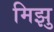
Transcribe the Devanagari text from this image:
मिझु